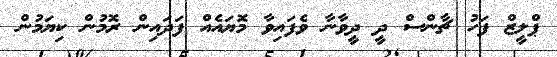
ޕްލީޒް ފަހު ޗާންސް ދީ ދީވާނާ ވެފައިވާ މޮޔައެއް ފަދައިން ރޮމުން ކިޔަމުން